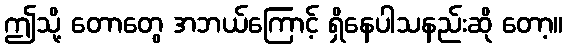
ဤသို့ တောတွေ အဘယ်ကြောင့် ရှိနေပါသနည်းဆို တော့။